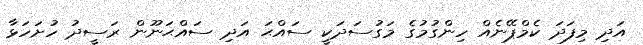
އަދި މިފަދަ ކެމްޕޭނެއް ހިންގުމުގެ މަގުސަދަކީ ސައްޙަ އަދި ސައްޙަނޫން ރަސީދު ހުށަހަޅާ